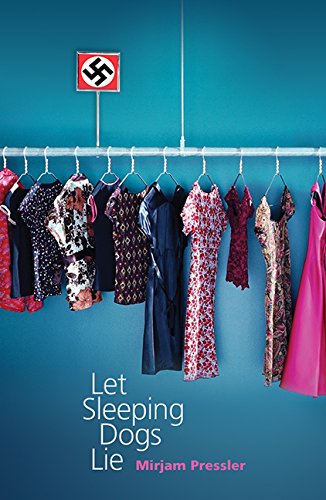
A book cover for Let Sleeping Dogs Lie; Mirjam Pressler; Teen & Young Adult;